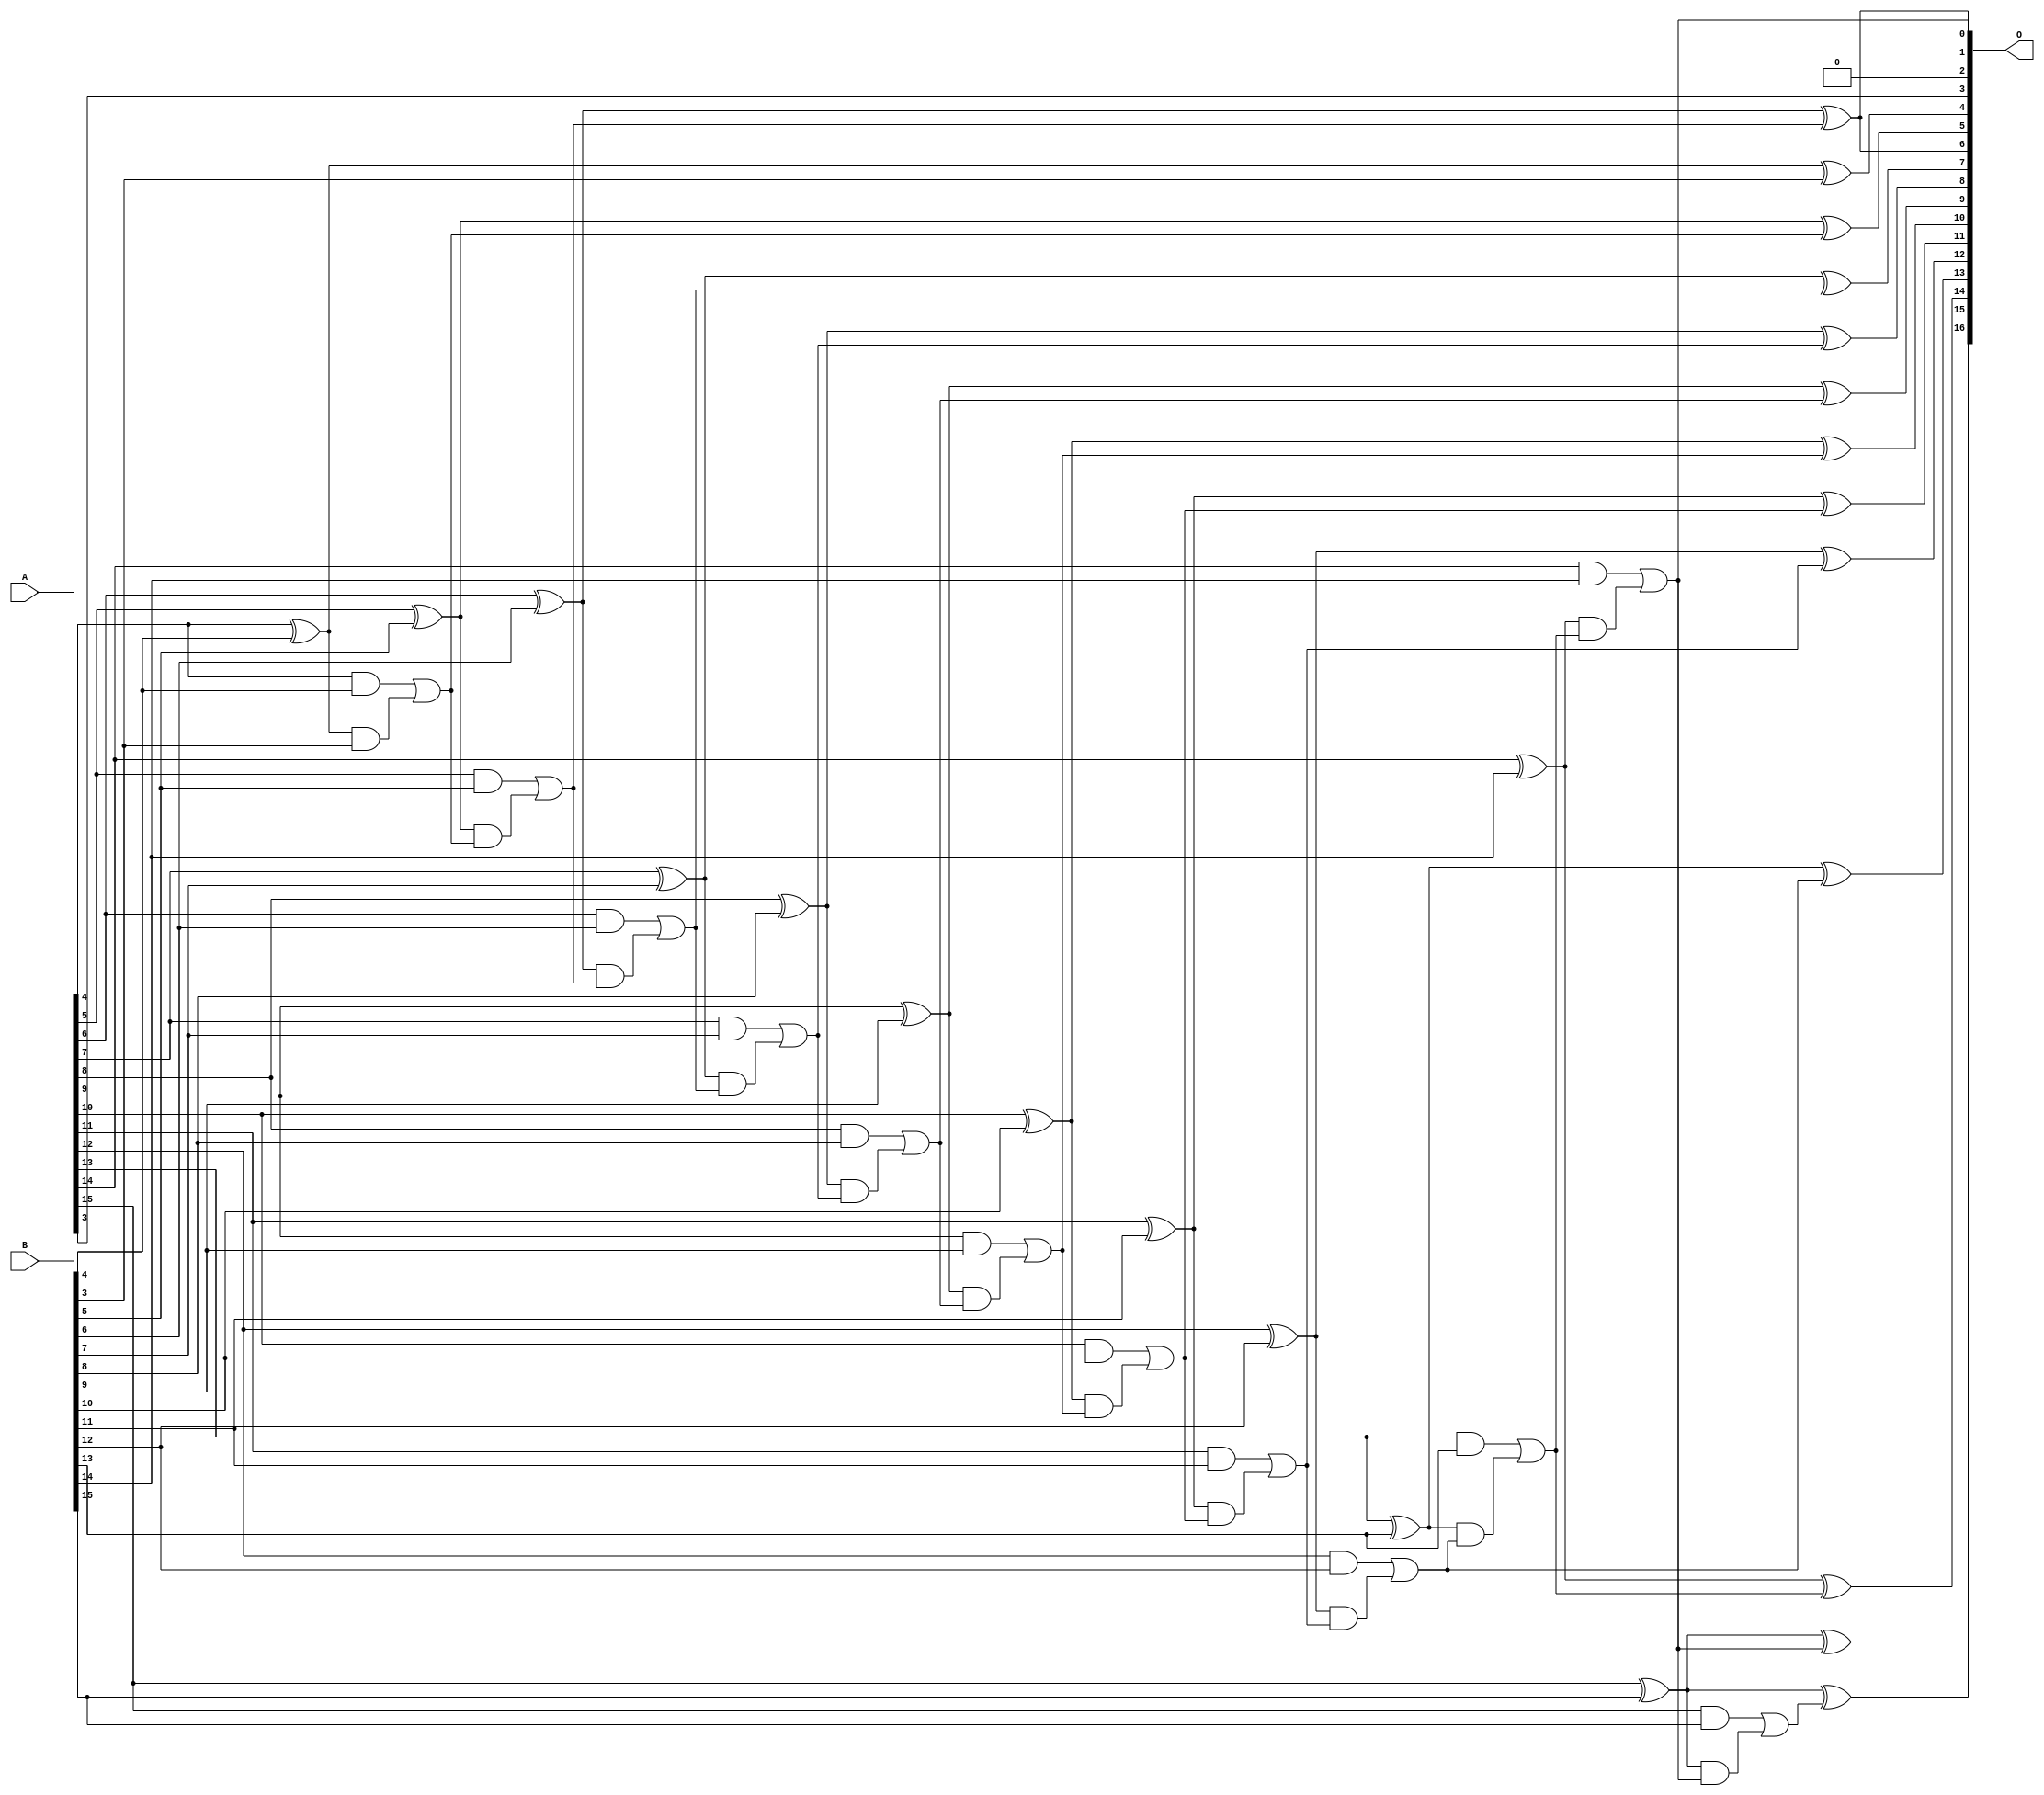
/***
* This code is a part of EvoApproxLib library (ehw.fit.vutbr.cz/approxlib) distributed under The MIT License.
* When used, please cite the following article(s): V. Mrazek, L. Sekanina, Z. Vasicek "Libraries of Approximate Circuits: Automated Design and Application in CNN Accelerators" IEEE Journal on Emerging and Selected Topics in Circuits and Systems, Vol 10, No 4, 2020 
* This file contains a circuit from a sub-set of pareto optimal circuits with respect to the pwr and wce parameters
***/
// MAE% = 0.0069 %
// MAE = 4.5 
// WCE% = 0.021 %
// WCE = 14 
// WCRE% = 900.00 %
// EP% = 93.75 %
// MRE% = 0.15 %
// MSE = 30 
// PDK45_PWR = 0.057 mW
// PDK45_AREA = 111.2 um2
// PDK45_DELAY = 1.00 ns

module add16se_1Y7 (
    A,
    B,
    O
);

input [15:0] A;
input [15:0] B;
output [16:0] O;

wire sig_49,sig_50,sig_51,sig_52,sig_53,sig_54,sig_55,sig_56,sig_57,sig_58,sig_59,sig_60,sig_61,sig_62,sig_63,sig_64,sig_65,sig_66,sig_67,sig_68;
wire sig_69,sig_70,sig_71,sig_72,sig_73,sig_74,sig_75,sig_76,sig_77,sig_78,sig_79,sig_80,sig_81,sig_82,sig_83,sig_84,sig_85,sig_86,sig_87,sig_88;
wire sig_89,sig_90,sig_91,sig_92,sig_93,sig_94,sig_95,sig_96,sig_97,sig_98,sig_99,sig_100,sig_101,sig_102,sig_103,sig_104,sig_105,sig_106,sig_107,sig_108;
wire sig_109,sig_110;

assign sig_49 = A[4] ^ B[4];
assign sig_50 = A[4] & B[4];
assign sig_51 = sig_49 & B[3];
assign sig_52 = sig_49 ^ B[3];
assign sig_53 = sig_50 | sig_51;
assign sig_54 = A[5] ^ B[5];
assign sig_55 = A[5] & B[5];
assign sig_56 = sig_54 & sig_53;
assign sig_57 = sig_54 ^ sig_53;
assign sig_58 = sig_55 | sig_56;
assign sig_59 = A[6] ^ B[6];
assign sig_60 = A[6] & B[6];
assign sig_61 = sig_59 & sig_58;
assign sig_62 = sig_59 ^ sig_58;
assign sig_63 = sig_60 | sig_61;
assign sig_64 = A[7] ^ B[7];
assign sig_65 = A[7] & B[7];
assign sig_66 = sig_64 & sig_63;
assign sig_67 = sig_64 ^ sig_63;
assign sig_68 = sig_65 | sig_66;
assign sig_69 = A[8] ^ B[8];
assign sig_70 = A[8] & B[8];
assign sig_71 = sig_69 & sig_68;
assign sig_72 = sig_69 ^ sig_68;
assign sig_73 = sig_70 | sig_71;
assign sig_74 = A[9] ^ B[9];
assign sig_75 = A[9] & B[9];
assign sig_76 = sig_74 & sig_73;
assign sig_77 = sig_74 ^ sig_73;
assign sig_78 = sig_75 | sig_76;
assign sig_79 = A[10] ^ B[10];
assign sig_80 = A[10] & B[10];
assign sig_81 = sig_79 & sig_78;
assign sig_82 = sig_79 ^ sig_78;
assign sig_83 = sig_80 | sig_81;
assign sig_84 = A[11] ^ B[11];
assign sig_85 = A[11] & B[11];
assign sig_86 = sig_84 & sig_83;
assign sig_87 = sig_84 ^ sig_83;
assign sig_88 = sig_85 | sig_86;
assign sig_89 = A[12] ^ B[12];
assign sig_90 = A[12] & B[12];
assign sig_91 = sig_89 & sig_88;
assign sig_92 = sig_89 ^ sig_88;
assign sig_93 = sig_90 | sig_91;
assign sig_94 = A[13] ^ B[13];
assign sig_95 = A[13] & B[13];
assign sig_96 = sig_94 & sig_93;
assign sig_97 = sig_94 ^ sig_93;
assign sig_98 = sig_95 | sig_96;
assign sig_99 = A[14] ^ B[14];
assign sig_100 = A[14] & B[14];
assign sig_101 = sig_99 & sig_98;
assign sig_102 = sig_99 ^ sig_98;
assign sig_103 = sig_100 | sig_101;
assign sig_104 = A[15] ^ B[15];
assign sig_105 = A[15] & B[15];
assign sig_106 = sig_104 & sig_103;
assign sig_107 = sig_104 ^ sig_103;
assign sig_108 = sig_105 | sig_106;
assign sig_109 = A[15] ^ B[15];
assign sig_110 = sig_109 ^ sig_108;

assign O[16] = sig_110;
assign O[15] = sig_107;
assign O[14] = sig_102;
assign O[13] = sig_97;
assign O[12] = sig_92;
assign O[11] = sig_87;
assign O[10] = sig_82;
assign O[9] = sig_77;
assign O[8] = sig_72;
assign O[7] = sig_67;
assign O[6] = sig_62;
assign O[5] = sig_57;
assign O[4] = sig_52;
assign O[3] = A[3];
assign O[2] = 1'b0;
assign O[1] = sig_103;
assign O[0] = sig_62;

endmodule